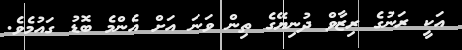
އަކީ ރަނުގެ ރިޒާވް ދުނިޔޭގެ ތިން ވަނަ އަށް އެންމެ ބޮޑު ގައުމެވެ.